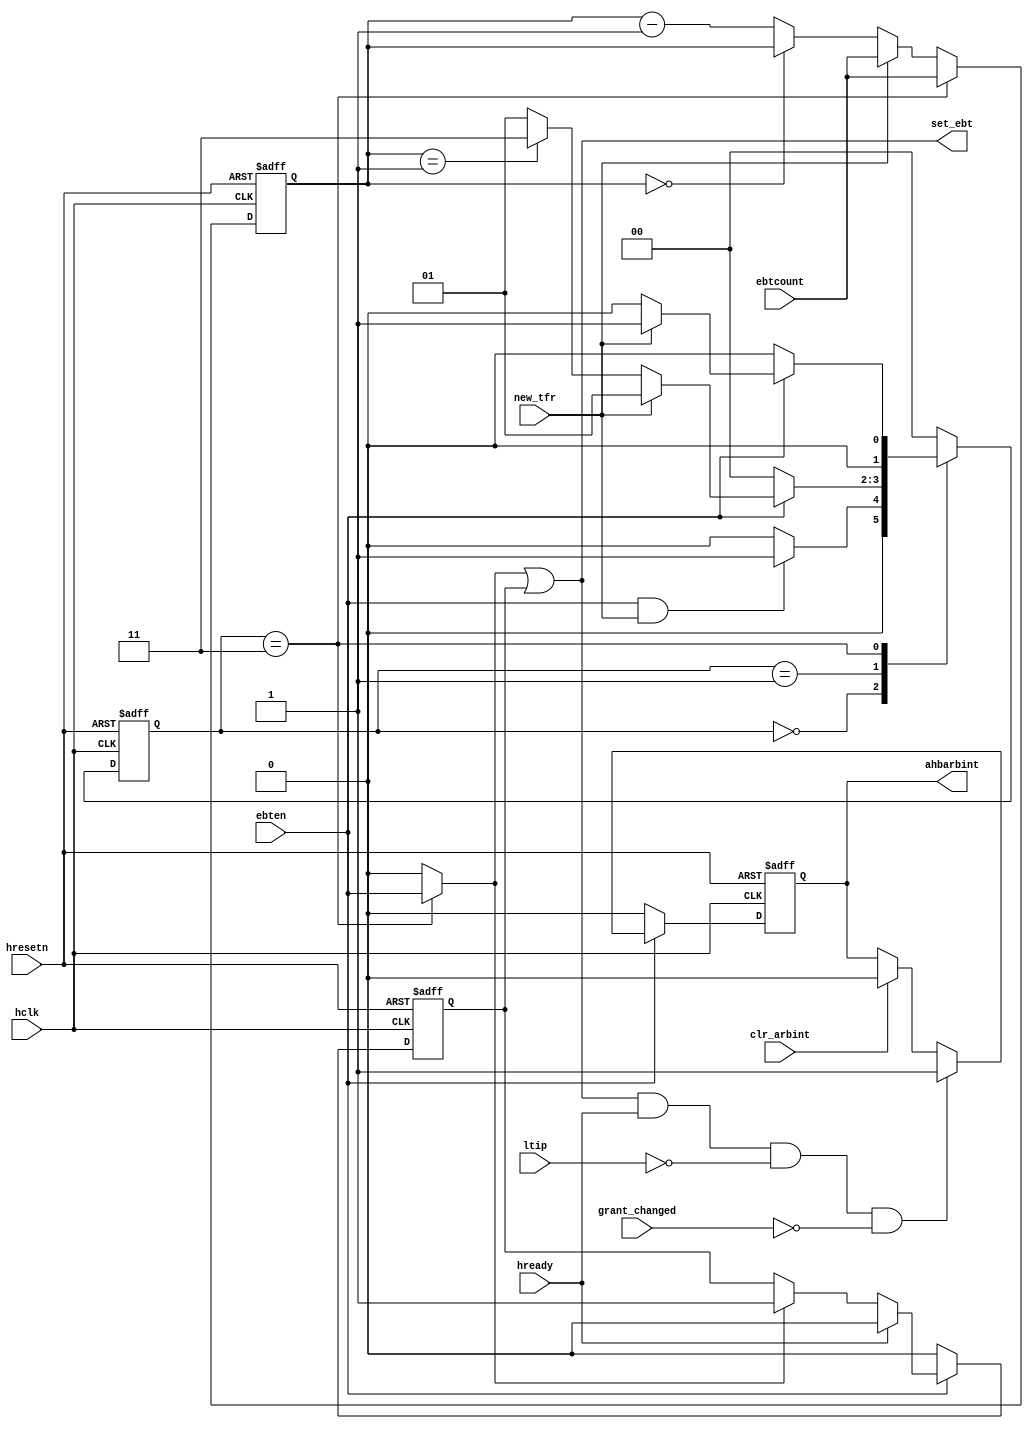
/*
------------------------------------------------------------------------
--
//  ------------------------------------------------------------------------
//
//                    (C) COPYRIGHT 2002 - 2016 SYNOPSYS, INC.
//                            ALL RIGHTS RESERVED
//
//  This software and the associated documentation are confidential and
//  proprietary to Synopsys, Inc.  Your use or disclosure of this
//  software is subject to the terms and conditions of a written
//  license agreement between you, or your company, and Synopsys, Inc.
//
// The entire notice above must be reproduced on all authorized copies.
//
//  ------------------------------------------------------------------------

// 
// Release version :  2.13a
// File Version     :        $Revision: #6 $ 
// Revision: $Id: //dwh/DW_ocb/DW_ahb/amba_dev/src/DW_ahb_ebt.v#6 $ 
--
-- File :                       DW_ahb_ebt.v
-- Author:                      Ray Beechinor, Peter Gillen 
-- Date :                       $Date: 2015/05/15 $ 
-- Abstract     :
--
-- Each time a new transfer begins on the bus, an internal counter is
-- loaded and decremented until either a new transfer begins or if the
-- count reaches 0 an interrupt is set indicating that a burst has been
-- terminated early. The set_ebt is used by the grant control to end
-- the burst and currently uses hready active when set_ebt is active to
-- end the burst.
--
*/

module i_ahb_DW_ahb_ebt (
  hclk,
  hresetn,
  hready,
  ebtcount,
  ebten,
  clr_arbint,
  new_tfr,
  ltip,
  grant_changed,

  ahbarbint,
  set_ebt
);

  input       hclk;
  input       hresetn;
  input       hready;
// Value loaded, which is the maximum number of cycles a transfer is
// allowed to take before the burst is terminated
  input [9:0] ebtcount;
// When active, transfers can be terminated early
  input       ebten;
// The interrupt is cleared when a read to the terminated address
// location is performed
  input       clr_arbint;
// An idle or nonseq cycle is on the bus, indicating that a new burst 
// is beginning, the maximum number of cycles a transfer can take is
// therefore loaded into the internal counter
  input       new_tfr;
// Locked transfer in progress. Do not terminate
  input       ltip;
// Grant changed
  input       grant_changed;
// The internal count has timed-out and the master is told via interrupt
  output      ahbarbint;
// Whenever the count, times out the burst is ended and the interrupt
// from a previous burst could be still pending but the current burst
// still needs to be terminated. Used to force the bc_next value to 0
// to terminate the count
  output      set_ebt;            

  parameter I = 2'b00;
  parameter C = 2'b01;
  parameter T = 2'b11;

//
// Internal counter which is loaded with the maximum number of hclk
// cycles a burst is allowed to take each time a new transfer is
// started on the bus.
//
  wire [9:0]  int_count;
  reg  [9:0]  count;
//
// Interrupt signal that a burst has been terminated early.
//
  reg         ahbarbint;
//
// Combinatorial set_ebt. When one enters the T-state provided the
// early burst termination functionality is enabled then this signal
// is set causing set_ebt to be active.
//
  reg         comb_set_ebt;
//
// Register set_ebt. set_ebt is used when hready is active so the
// combinatorial set_ebt is registered if hready is low, extending
// the pulse. If hready is high then this signal is cleared.
//
  reg          reg_set_ebt;
      
  reg  [1:0]   current_state;   
  reg  [1:0]   next_state;   


  always @ (posedge hclk or negedge hresetn)
  begin : stateMachine_PROC
    if (hresetn == 1'b0)
      current_state <= I;
    else
      current_state <= next_state;
  end

//
// Whenever early burst termination functionality is not enabled, the
// state machine remains in I-state. Early burst termination must be
// enabled and a new transfer burst must begin on the bus. A new 
// transfer is also an IDLE transfer or an INCR burst of unspecified
// length. Each time a new transfer begins the counter is loaded with
// the maximum number of allowed cycles. While the burst is running the
// counter is decremented for each cycle it takes, until it reaches 1
// where is causes the state machine to move from the C-state to the 
// T-state. Whenever in the T-state the current transfer needs to be
// terminated. If a new transfer begins one returns to the C-state to
// begin counting down again.
//

  always @ ( current_state or
             ebten         or
             new_tfr       
             or count
           )
  begin : next_state_PROC
    case (current_state) 
      I :
        begin
          if ((ebten == 1'b1) && (new_tfr == 1'b1)) begin
            next_state = C;
          end else begin
            next_state = I;
          end
        end
           
      C :
        begin
          if (ebten == 1'b1) begin
            if (new_tfr == 1'b1) begin
              next_state = C;
            end else begin
              if (count == 10'b0000000001) begin
                next_state = T;
              end else begin
                next_state = C;
              end
            end
          end else begin
            next_state = I;
          end
        end

      T :
        begin
          if (ebten == 1'b1) begin
            if (new_tfr == 1'b1)
              next_state = C;
            else
              next_state = I;
          end else begin
            next_state = I;
          end
        end

        default : next_state = I;
      endcase
   end

//
// Each time a new transfer begins this counter is loaded with the 
// maximum number of cycles that are allowed for a burst. Then the
// counter counts down. When it reaches 1 the state machine moves
// from C-state to T-state causing the interrupt to be set that
// EBT should be terminated.
//
  assign int_count = count;
  always @ (posedge hclk or negedge hresetn)
  begin : count_PROC
    if (hresetn == 1'b0) begin
      count <= 10'b0;
    end else begin 
      if (current_state == T) begin
        count <= ebtcount;
      end else begin
        if (new_tfr == 1'b1) begin
          count <= ebtcount;
        end else begin
          if (count == 10'b0) begin
            count <= int_count;
          end else begin
            count <= count - 10'b1;
          end
        end
      end
    end
  end



//
// If early burst termination functionality is not enabled then the
// interrupt from EBT is disabled. Whenever the count reaches 1 the
// state machine moves to T-state for at least 1-cycle when the count
// will be 0, thus setting the interrupt. The interrupt is only 
// cleared by reading the clear interrup location with the ahb_arbif
// register space. The interrupt bit could be set previously and was
// not serviced but this is a system design problem.
//
  always @ (posedge hclk or negedge hresetn)
  begin : ahbarbint_PROC
    if (hresetn == 1'b0) begin
      ahbarbint <= 1'b0;
    end else begin
      if (ebten == 1'b0) begin
        ahbarbint <= 1'b0;
      end else begin
        if ((set_ebt == 1'b1) && (hready == 1'b1) && (ltip == 1'b0) && (grant_changed == 1'b0)) begin
          ahbarbint <= 1'b1;
        end else begin
          if (clr_arbint == 1'b1) begin
            ahbarbint <= 1'b0;
          end
        end
      end
    end
  end

//
// One is only with the T-state for 1 cycle and whenever one is there
// then provided the early burst termination functionality is enabled
// then a pulse is generated on set_ebt. comb_set_ebt is one part of
// the set_ebt or.
//
  always @ (current_state or ebten)
  begin : comb_set_ebt_PROC
    if (current_state == T) begin
      comb_set_ebt = ebten;                
    end else begin
      comb_set_ebt = 1'b0;
    end
  end

//
// If hready is stalling a master by being low, then because the state
// machine will have moved from the T-state, the comb_set_ebt pulse
// needs to be registered and extended until it is valid when hready
// becomes active. Then it is cleared. If when comb_set_ebt is high and
// hready is also active then reg_set_ebt is not set as the comb_set_ebt
// pulse is used within the grant control design to terminate the burst.
//
  always @ (posedge hclk or negedge hresetn)
  begin : reg_set_ebt_PROC
    if (hresetn == 1'b0) begin
      reg_set_ebt <= 1'b0;
    end else begin
      if (ebten == 1'b1) begin
        if (hready == 1'b0) begin
          if (comb_set_ebt == 1'b1) begin
            reg_set_ebt <= 1'b1;
          end
        end else begin
          reg_set_ebt <= 1'b0;
        end
      end else begin
        reg_set_ebt <= 1'b0;
      end
    end
  end

//
// set_ebt is required when hready is a 1, need to extend the 
// comb_set_ebt with reg_set_ebt whenever this is the case.
//   
   assign set_ebt = comb_set_ebt | reg_set_ebt;
   
   
endmodule